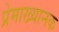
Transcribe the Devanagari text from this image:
प्रेमाख्यानक